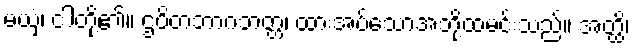
မယှံ၊ ငါတို့၏။ ဌပိတဘာဂဘတ္တံ၊ ထားအပ်သောအဘို့ထမင်းသည်။ အတ္ထိ၊